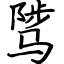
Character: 骘